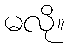
မလို။